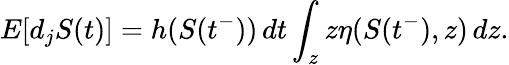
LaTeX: E[d_{j}S(t)]=h(S(t^{-}))\, dt\int_{z}z\eta(S(t^{-}),z)\, dz.